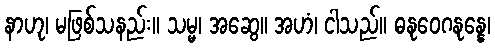
နာဟု၊ မဖြစ်သနည်း။ သမ္မ၊ အဆွေ။ အဟံ၊ ငါသည်။ ဓနုဝေဂနုန္နေ၊